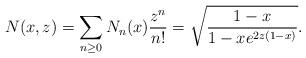
LaTeX: \begin{align*}N(x,z)=\sum_{n\geq 0}N_n(x)\frac{z^n}{n!}=\sqrt{\frac{1-x}{1-xe^{2z(1-x)}}}.\end{align*}